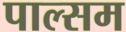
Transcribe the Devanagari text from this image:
पाल्सम